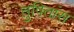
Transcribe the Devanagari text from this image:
तुषितांस